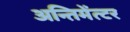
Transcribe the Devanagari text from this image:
अन्तिमेंत्टर